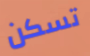
تسكن